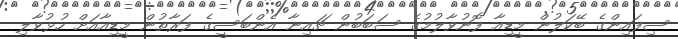
ސިފައިންގެ ބޭކަލުން މީޑިއާ ފޮނުވާލުމުގެ ސަބަބުން ޗައިނާ އެންބަސީގެ ފަރާތުން މީޑިއާއަށް ހުޅުވާލި